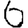
Digit: 6